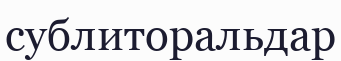
сублиторальдар